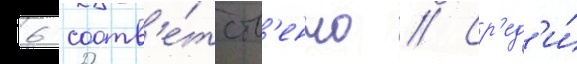
6 соотв'е́тств'енно // Ср'ед'и́